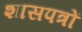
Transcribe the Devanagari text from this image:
शासपत्रों